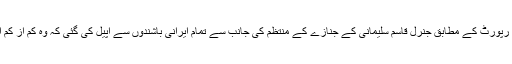
برطانوی اخبار کی رپورٹ کے مطابق جنرل قاسم سلیمانی کے جنازے کے منتظم کی جانب سے تمام ایرانی باشندوں سے اپیل کی گئی کہ وہ کم از کم ایک ڈالر عطیہ دیں۔